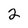
Character: 2